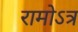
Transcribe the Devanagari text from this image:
रामोऽत्र